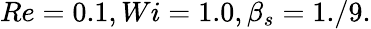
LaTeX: Re=0.1,Wi=1.0,\beta_{s}=1./9.